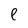
Character: e